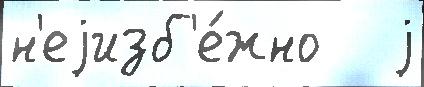
н'еjизб'е́жно   j